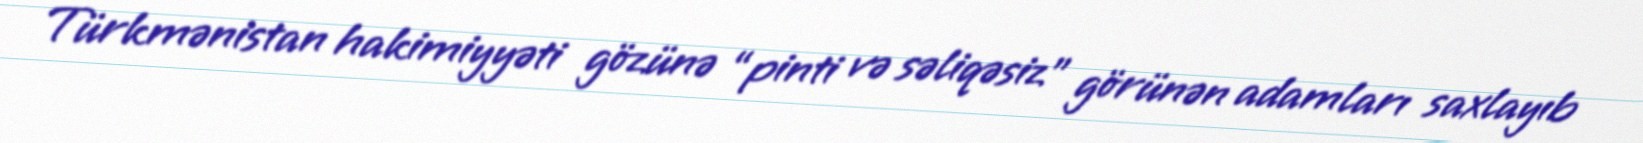
Türkmənistan hakimiyyəti gözünə “pinti və səliqəsiz” görünən adamları saxlayıb